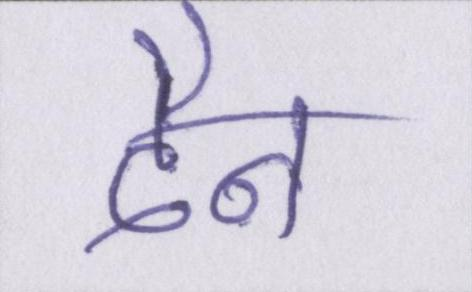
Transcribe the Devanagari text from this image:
दैन